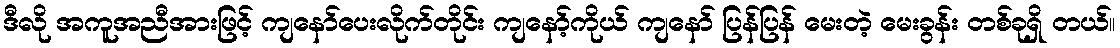
ဒီလို အကူအညီအားဖြင့် ကျနော်ပေးလိုက်တိုင်း ကျနော့်ကိုယ် ကျနော် ပြန်ပြန် မေးတဲ့ မေးခွန်း တစ်ခုရှိ တယ်။